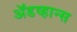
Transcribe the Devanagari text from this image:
ॲडव्हान्स